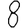
Digit: 8